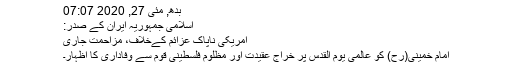
بدھ, مئی 27, 2020 07:07
اسلامی جمہوریہ ایران کے صدر:
امریکی ناپاک عزائم کےخلاف، مزاحمت جاری
امام خمینی(رح) کو عالمی یوم القدس پر خراج عقیدت اور مظلوم فلسطینی قوم سے وفاداری کا اظہار۔